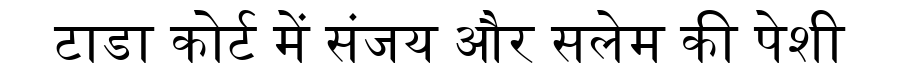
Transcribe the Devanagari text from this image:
टाडा कोर्ट में संजय और सलेम की पेशी